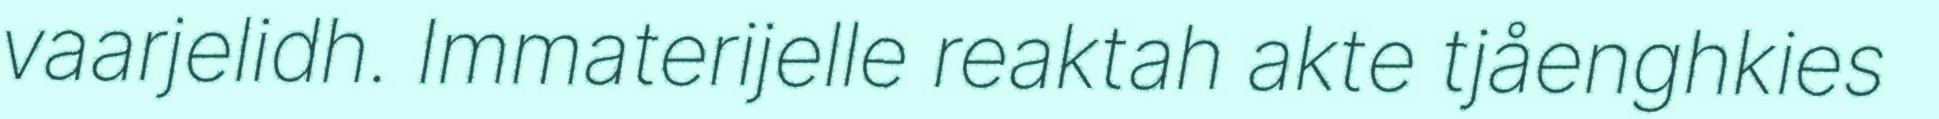
vaarjelidh. Immaterijelle reaktah akte tjåenghkies